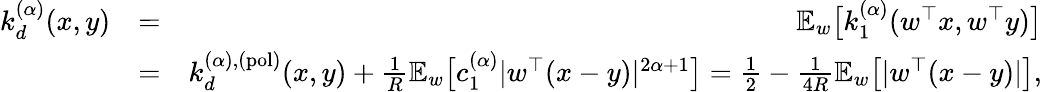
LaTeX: \begin{array}{rlr}{k_{d}^{(\alpha)}(x,y)}&{=}&{{\mathbb E}_{w}\big[k_{1}^{(\alpha)}(w^{\top}x,w^{\top}y)\big]}\\ &{=}&{k_{d}^{(\alpha),(\mathrm{pol})}(x,y)+\frac{1}{R}{\mathbb E}_{w}\big[c_{1}^{(\alpha)}|w^{\top}(x-y)|^{2\alpha+1}\big]=\frac{1}{2}-\frac{1}{4R}{\mathbb E}_{w}\big[|w^{\top}(x-y)|\big],}\end{array}